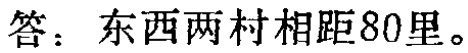
答：东西两村相距80里。